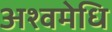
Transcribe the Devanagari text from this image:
अश्वमेधि